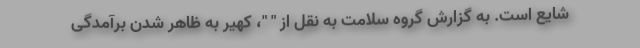
شایع است. به گزارش گروه سلامت به نقل از " "، کهیر به ظاهر شدن برآمدگی